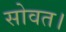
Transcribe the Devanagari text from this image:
सोवत।